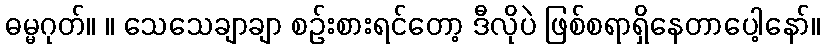
ဓမ္မဂုတ်။ ။ သေသေချာချာ စဉ်းစားရင်တော့ ဒီလိုပဲ ဖြစ်စရာရှိနေတာပေါ့နော်။